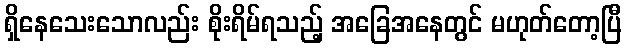
ရှိနေသေးသောလည်း စိုးရိမ်ရသည့် အခြေအနေတွင် မဟုတ်တော့ပြီ